Insane asylums Bombay 1873-77 - 1873-1877
Year: 1873
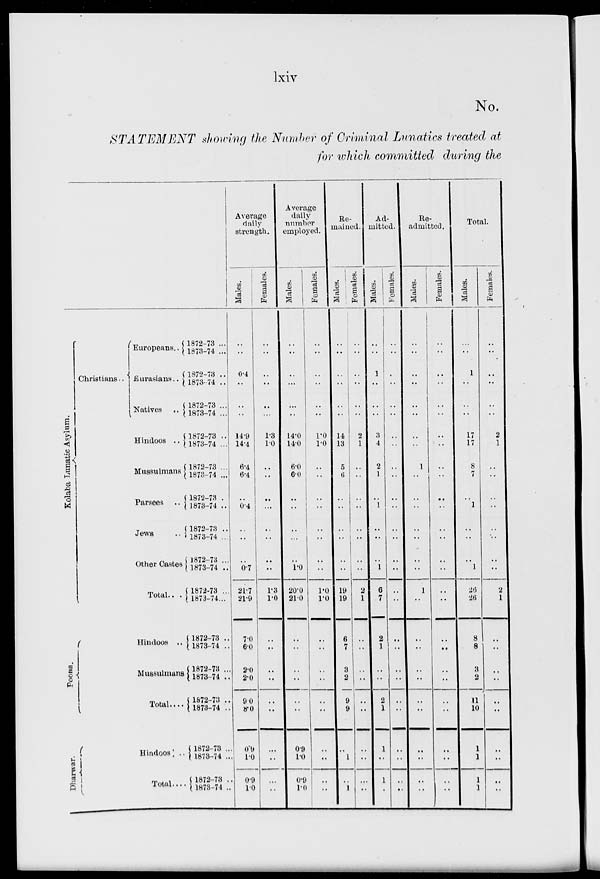
lxiv
No.
STATEMENT showing the Number of Criminal Lunatics treated at
for which committed during the.
Kolaba Lunatic Asylum.
Poona.
Dharwar.
Christians ..
Europeans. ..
Eurasians ..
Natives ..
Hindoos ..
Mussulmans
Parsees ..
Jews ..
Other Castes
Total .. .
Hindoos ..
Mussulmans
Total ....
Hindoos ..
Total ....
1872-73 ...
1873-74 ...
1872-73 ..
1873-74 ..
1872-73 ...
1873-74 ...
1872-73 ..
1873-74 ...
1872-73 ...
1873-74 ...
1872-73 ..
1873-74 ..
1872-73 ..
1873-74 ...
1872-73 ...
1873-74 ..
1872-73 ...
1873-74 ...
1872-73 ..
1873-74 ..
1872-73 ...
1873-74 ..
1872-73 ..
1873-74 ..
1872-73 ..
1873-74 ..
1872-73 ..
1873-74 ..
Average
daily
strength.
Males.
..
..
0.4
..
..
..
14.9
14.4
6.4
6.4
..
0.4
..
..
..
0.7
21.7
21.9
7.0
6.0
2.0
2.0
9.0
8.0
0.9
1.0
0.9
1.0
Females.
..
..
..
..
..
...
1.3
1.0
..
..
..
..
..
..
..
..
1.3
1.0
..
..
..
..
..
..
..
..
..
..
Average
daily
number
employed.
Males.
..
..
..
...
..
..
14.0
14.0
6.0
6.0
..
..
..
...
..
1.0
20.0
21.0
..
..
..
..
..
..
0.9
1.0
0.9
1.0
Females.
..
..
..
..
..
..
1.0
1.0
..
..
..
..
..
..
..
..
1.0
1.0
..
..
..
..
..
..
..
..
..
..
Re-
mained.
Males.
..
..
..
..
..
..
14
13
5
6
..
..
..
..
..
..
19
19
6
7
3
2
9
9
..
1
..
1
Females.
..
..
..
..
..
..
2
1
..
..
..
..
..
..
..
..
2
1
..
..
..
..
..
..
..
..
..
..
Ad-
mitted.
Males.
..
..
1
..
..
..
3
4
2
1
..
1
..
..
..
1
6
7
2
1
..
..
2
1
1
..
1
..
Females.
..
..
..
..
..
..
..
..
..
..
..
..
..
..
..
..
..
..
..
..
..
..
..
..
..
..
..
..
Re-
admitted.
Males.
..
..
..
..
..
..
..
..
1
..
..
..
..
..
..
..
1
..
..
..
..
..
..
..
..
..
..
..
Females.
..
..
..
..
..
..
..
..
..
..
..
..
..
..
..
..
..
..
..
..
..
..
..
..
..
..
..
..
Total.
Males.
..
..
1
..
..
..
17
17
8
7
..
1
..
..
..
1
26
26
8
8
3
2
11
10
1
1
1
1
Females.
..
..
..
..
..
..
2
1
..
..
..
..
..
..
..
..
2
1
..
..
..
..
..
..
..
..
..
..